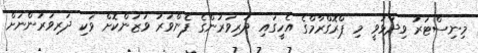
މިނިސްޓަރު ވިދާޅުވީ މި ޕްރޮގްރާމްގެ އެހީގައި ދަރިވަރުންގެ ފެންވަރު ވަޒަންކޮށް ވަކި ދަރިވަރުންނަށް